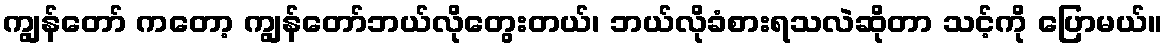
ကျွန်တော် ကတော့ ကျွန်တော်ဘယ်လိုတွေးတယ်၊ ဘယ်လိုခံစားရသလဲဆိုတာ သင့်ကို ပြောမယ်။